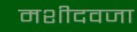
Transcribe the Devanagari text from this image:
मशीदवजा